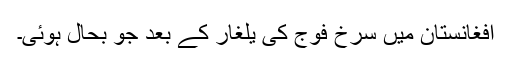
افغانستان میں سرخ فوج کی یلغار کے بعد جو بحال ہوئی۔